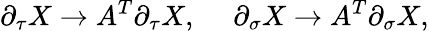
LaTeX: \partial_{\tau}X\to A^{T}\partial_{\tau}X,\ \ \ \ \ \partial_{\sigma}X\to A^{T}\partial_{\sigma}X,